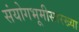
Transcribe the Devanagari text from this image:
संयोगभूमीसारख्या